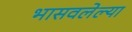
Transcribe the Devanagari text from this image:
भासवलेल्या